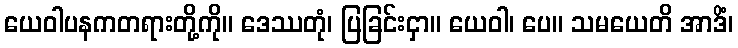
ယေဝါပနကတရားတို့ကို။ ဒေဿတုံ၊ ပြခြင်းငှာ။ ယေဝါ၊ ပေ။ သမယေတိ အာဒိံ၊